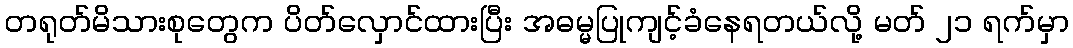
တရုတ်မိသားစုတွေက ပိတ်လှောင်ထားပြီး အဓမ္မပြုကျင့်ခံနေရတယ်လို့ မတ် ၂၁ ရက်မှာ